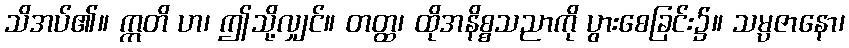
သိအပ်၏။ ဣတိ ဟ၊ ဤသို့လျှင်။ တတ္ထ၊ ထိုအနိစ္စသညာကို ပွားစေခြင်း၌။ သမ္ပဇာနော၊